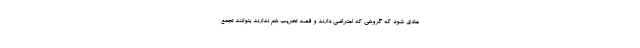
عادی شود که گروهی که اعتراضی دارند و قصد تخریب هم ندارند بتوانند تجمع